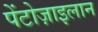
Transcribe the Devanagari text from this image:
पेंटोज़ाइलान